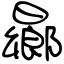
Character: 曏